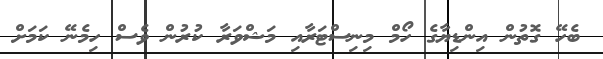
ބެހޭ ގޮތުން އިންޑިޔާގެ ހޯމް މިނިސްޓަރާއި މަޝްވަރާ ކުރުން ވެސް ހިމެނޭ ކަމަށް